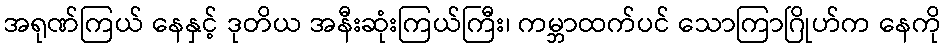
အရုဏ်ကြယ် နေနှင့် ဒုတိယ အနီးဆုံးကြယ်ကြီး၊ ကမ္ဘာထက်ပင် သောကြာဂြိုဟ်က နေကို